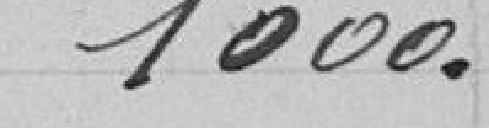
1000